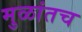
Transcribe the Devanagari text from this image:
मुळांतच